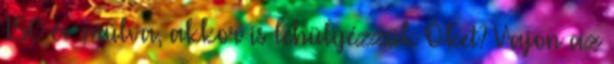
150 év múlva, akkor is lehülyézzük Öket? Vajon az